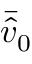
\bar { \hat { v } } _ { 0 }